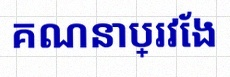
គណនាប្រវែង